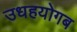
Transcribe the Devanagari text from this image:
उधहयोगब